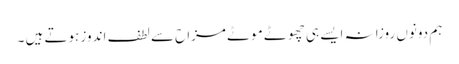
ہم دونوں روزانہ ایسے ہی چھوٹے موٹے مزاح سے لطف اندوز ہوتے ہیں ۔